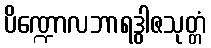
ပိဏ္ဍောလဘာရဒွါဇသုတ္တံ